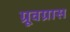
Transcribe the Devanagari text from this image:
ग्रूवग्रास